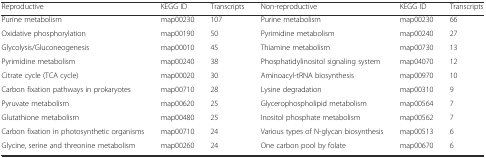
| Reproductive | KEGG ID | Transcripts | Non-reproductive | KEGG ID | Transcripts |
 | --- | --- | --- | --- | --- | --- |
 | Purine metabolism | map00230 | 107 | Purine metabolism | map00230 | 66 |
 | Oxidative phosphorylation | map00190 | 50 | Pyrimidine metabolism | map00240 | 27 |
 | Glycolysis/Gluconeogenesis | map00010 | 45 | Thiamine metabolism | map00730 | 13 |
 | Pyrimidine metabolism | map00240 | 38 | Phosphatidylinositol signaling system | map04070 | 12 |
 | Citrate cycle (TCA cycle) | map00020 | 30 | Aminoacyl-tRNA biosynthesis | map00970 | 10 |
 | Carbon fixation pathways in prokaryotes | map00710 | 28 | Lysine degradation | map00310 | 9 |
 | Pyruvate metabolism | map00620 | 25 | Glycerophospholipid metabolism | map00564 | 7 |
 | Glutathione metabolism | map00480 | 25 | Inositol phosphate metabolism | map00562 | 7 |
 | Carbon fixation in photosynthetic organisms | map00710 | 24 | Various types of N-glycan biosynthesis | map00513 | 6 |
 | Glycine, serine and threonine metabolism | map00260 | 24 | One carbon pool by folate | map00670 | 6 |